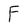
Character: F